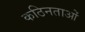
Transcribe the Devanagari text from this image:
कठिनताओं